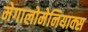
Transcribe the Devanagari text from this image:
मेगालोमेनियाक्स